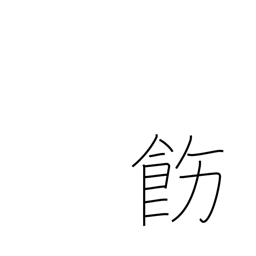
Meaning: rectify